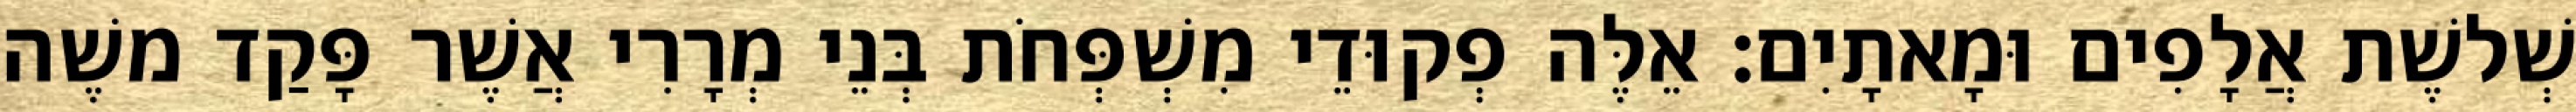
שְׁלשֶׁת אֲלָפִים וּמָאתָיִם׃ אֵלֶּה פְקוּדֵי מִשְׁפְּחֹת בְּנֵי מְרָרִי אֲשֶׁר פָּקַד משֶׁה